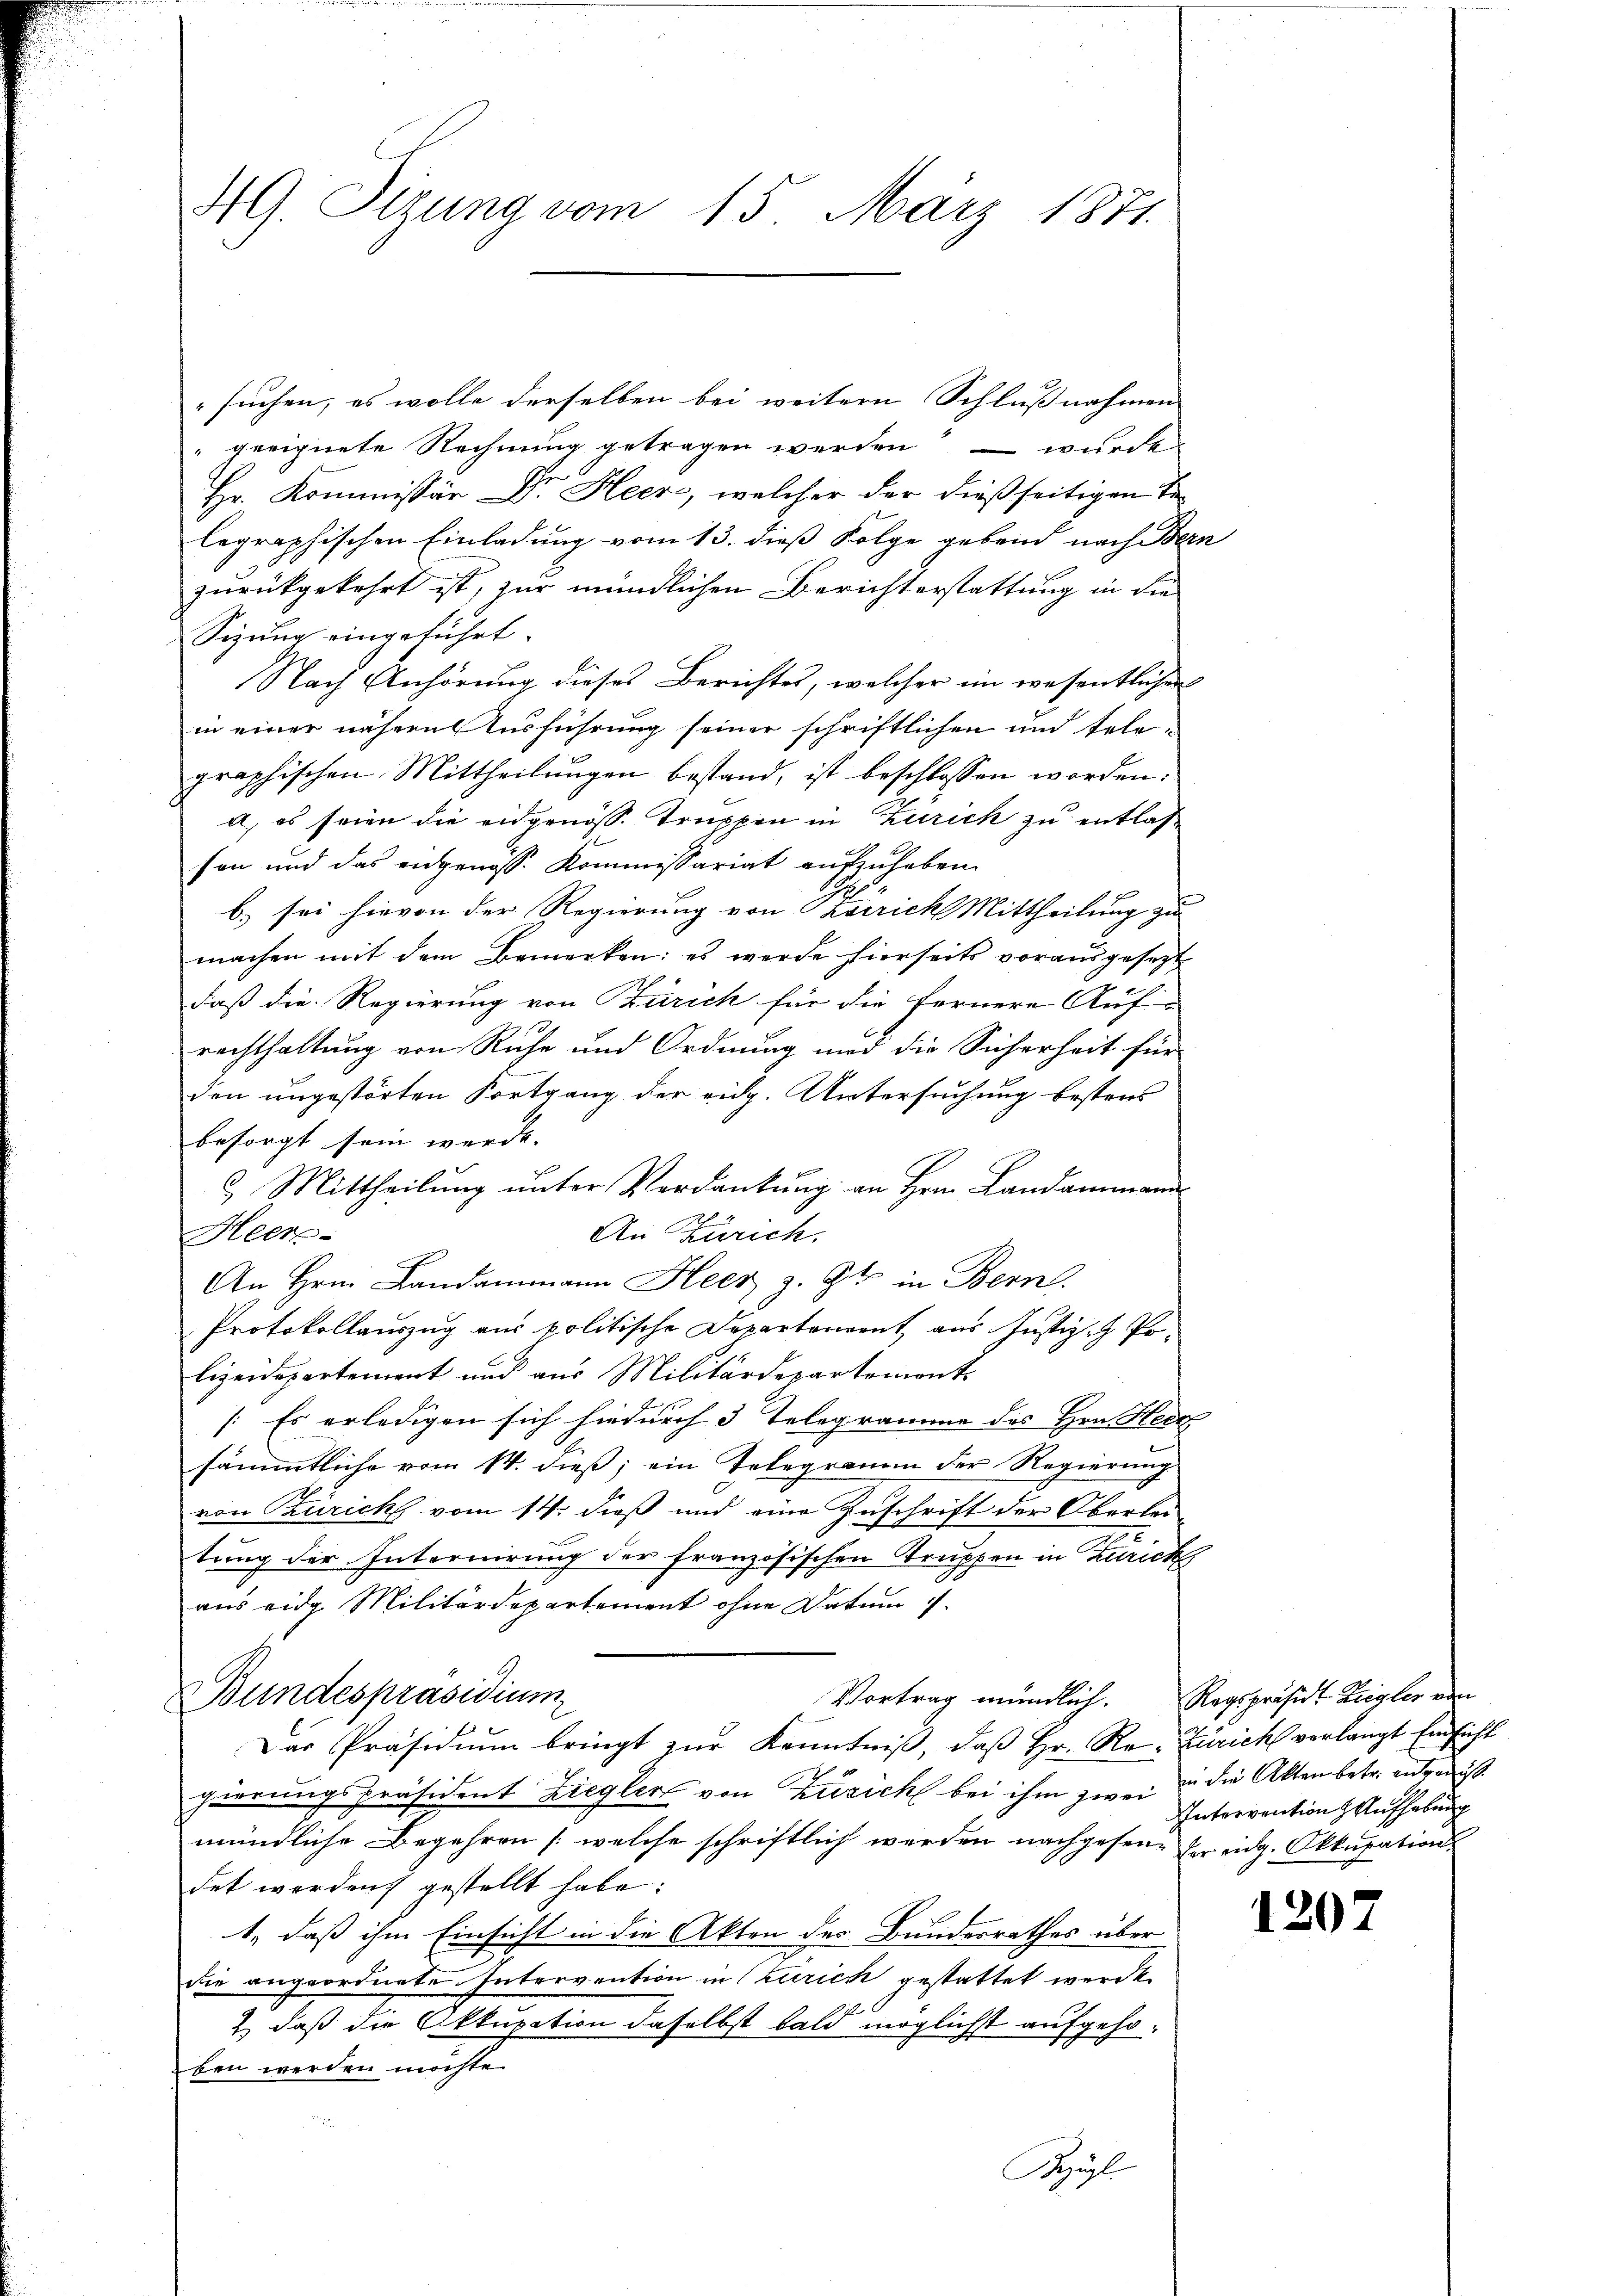
HG. Sizung vom 15. März 1871.

suchen, es wolle derselben bei weitern Schlußnahmen
" geeignete Rechnung getragen werden – wurde
Hr. Kommissär Dr. Heer, welcher der dießseitigen Telegraphischen Einladung vom 13. dieß Folge gebend nach Bern
zurückgekehrt ist, zur mündlichen Berichterstattung in die
Sizung eingeführt.
Nach Anhörung dieses Berichtes, welcher im wesentlichen
in einer nähern Ausführung seiner schriftlichen und telegraphischen Mittheilungen bestand, ist beschlossen worden:
a. es seien die eidgenöss. Truppen in Zürich zu entlassen und das eidgenoss. Kommissariat aufzuheben.
b) sei hievon der Regierung von Korricht Mittheilung zu
machen mit dem Bemerken: es werde hierseits vorausgesetzt
daß die Regierung von Zürich für die fernere Auf-
rechthaltung von Ruhe und Ordnung und die Sicherheit für
den ungestörten Fortgang der eidg. Untersuchung bestens
besorgt sein werde. |
 Mittheilung unter Verdankung an Hrn. Landammann
An Zürich.
Heer
An Hrn. Landammann Heer z. Zt. in Bern.
Protokollauszug aus politische Departerrent aus Justiz- & Polizeidepartement und aus Militärdepartements
[Es erledigen sich hiedurch 3 Telegramme des Hrn. Heck
sämmtliche vom 14. dieß, ein Telegramm der Regierung
von Zürich vom 14. dieß und eine Zuschrift der Oberle
tung der Internirung der französischen Truppen in Zurick
aus eidg. Militärdepartement ohne Datum
Bundespräsidium
Vortrag mündlich. Ragspräsidt Ziegler von
Das Präsidium bringt zur Kenntniß, daß Hr. Re-Zürich vorlangt Einsicht
gierungspräsident Ziegler von Zusich bei ihm zwei u die Akten betr. entgenuß
mündliche Begehren /: welche schriftlich werden nachgesen der eidg. Okkupations
det worden gestellt habe:
1., daß ihm Einsicht in die Akten des Bundesrathes über
die angeordnete Intervention in Zürich gestattet werde.
 daß die Okkupation daselbst bald möglichst aufgehoben werden möchte.
Keppli

Intervention Aufhebung

1202